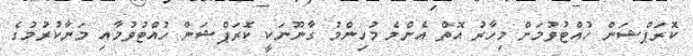
ކޮރަޕްޝަން ހުއްޓުވުމަށް މިހާރު އޮތް އެންމެ މުހިންމު ގާނޫނަކީ ކޮރަޕްޝަން ހުއްޓުވުމާއި މަނާކުރުމުގެ